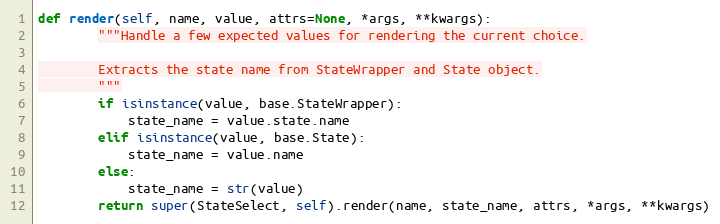
Language: Python
def render(self, name, value, attrs=None, *args, **kwargs):
        """Handle a few expected values for rendering the current choice.

        Extracts the state name from StateWrapper and State object.
        """
        if isinstance(value, base.StateWrapper):
            state_name = value.state.name
        elif isinstance(value, base.State):
            state_name = value.name
        else:
            state_name = str(value)
        return super(StateSelect, self).render(name, state_name, attrs, *args, **kwargs)